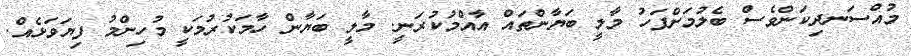
މުއްސަނދިކަންވެސް ބެލުމަށްފަހު މާލީ ބަޔާންތައް އާއްމުކުރަނީ. މާލީ ބަޔާން ހާމަކުރުމަކީ މުހިންމު ފިޔަވަޅެއް.